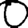
Digit: 0